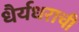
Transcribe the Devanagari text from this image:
धैर्यधराची